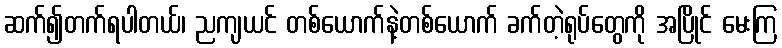
ဆက်၍တက်ရပါတယ်၊ ညကျယင် တစ်ယောက်နဲ့တစ်ယောက် ခက်တဲ့ရုပ်တွေကို အပြိုင် မေးကြ